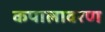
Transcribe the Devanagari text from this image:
कपालावरण